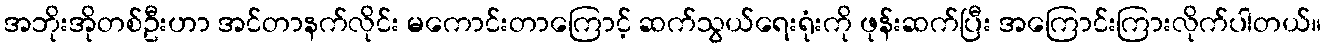
အဘိုးအိုတစ်ဦးဟာ အင်တာနက်လိုင်း မကောင်းတာကြောင့် ဆက်သွယ်ရေးရုံးကို ဖုန်းဆက်ပြီး အကြောင်းကြားလိုက်ပါတယ်။